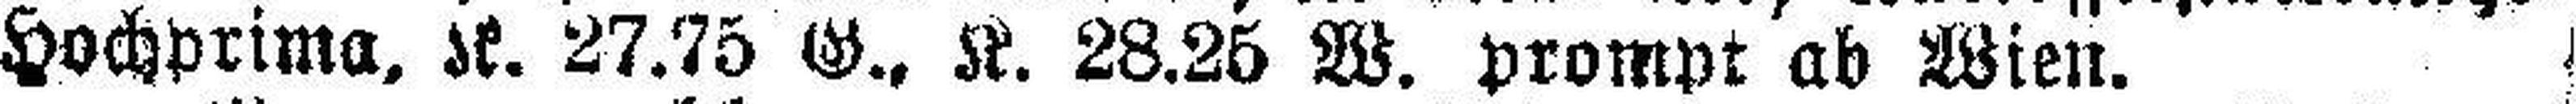
Hochprima, K. 27.75 G., K. 28.25 W. prompt ab Wien.